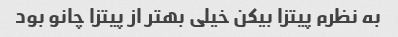
به نظرم پیتزا بیکن خیلی بهتر از پیتزا چانو بود